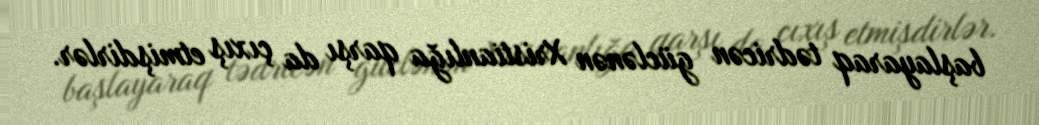
başlayaraq tədricən güclənən Xristianlığa qarşı da çıxış etmişdirlər.